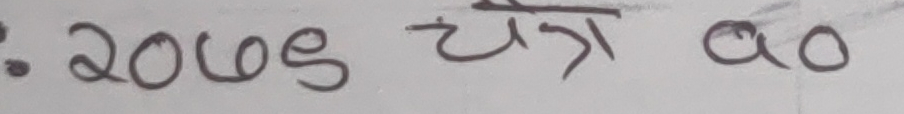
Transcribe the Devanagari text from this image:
२०७९ चैत्र २०